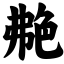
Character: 艴